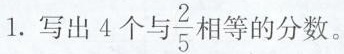
1.写出4个与 $$\frac{2}{5}$$ 相等的分数。